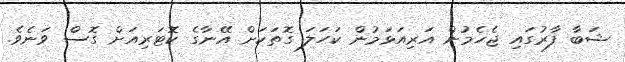
ޝަބާ ފާރުގައި ޖެހެމުން އަރިއަޅަމުން ކަހަލަ ގޮތަކަށް އޭނާގެ ކޮޓަރިއަށް ގޮސް ވަނެވެ.